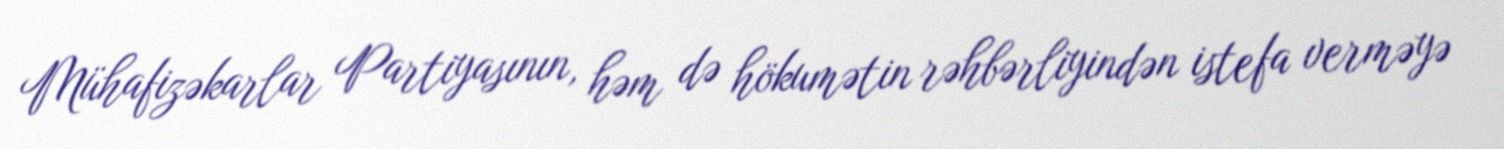
Mühafizəkarlar Partiyasının, həm də hökumətin rəhbərliyindən istefa verməyə